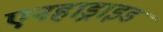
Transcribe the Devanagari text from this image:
एनहाड्राइड